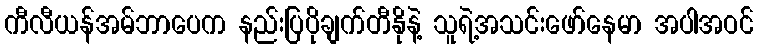
ကီလီယန်အမ်ဘာပေက နည်းပြပိုချက်တီနိုနဲ့ သူရဲ့အသင်းဖော်နေမာ အပါအဝင်